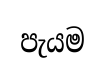
පැයම